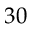
3 0